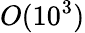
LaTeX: O(10^{3})